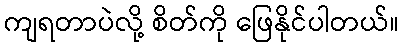
ကျရတာပဲလို့ စိတ်ကို ဖြေနိုင်ပါတယ်။